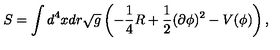
S = \int d ^ { 4 } x d r \sqrt { g } \left( - \frac { 1 } { 4 } R + \frac { 1 } { 2 } ( \partial \phi ) ^ { 2 } - V ( \phi ) \right) ,